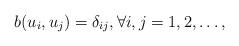
LaTeX: \begin{align*} b(u_i,u_j) = \delta_{ij}, \forall i,j=1,2,\dots,\end{align*}